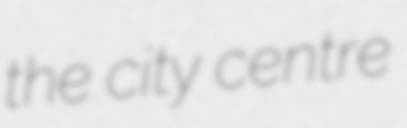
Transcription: the city centre